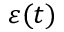
\varepsilon ( t )